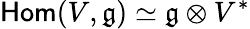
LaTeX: {\mathsf{Hom}}(V,\mathfrak{g})\simeq\mathfrak{g}\otimes V^{*}